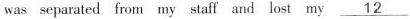
was separated from my staff and lost my\underline{12}